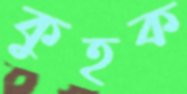
কুহক